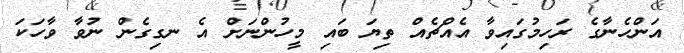
އަންހެނާގެ ރަހިމުގައިވާ އެއްޗެއް ތިޔަ ބައި މީހުންނަށް އެ ނގިގެން ނުވާ ވާހަކަ